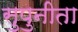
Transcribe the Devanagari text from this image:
सुपुनीता